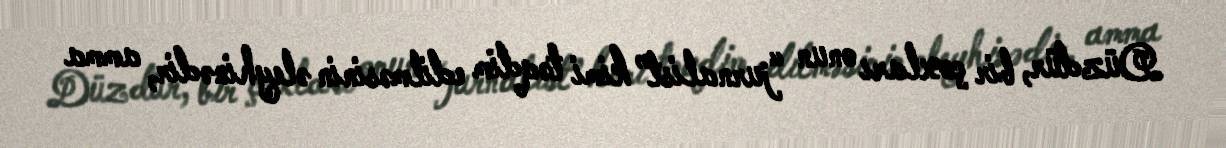
Düzdür, bir çoxları onun “jurnalist” kimi təqdim edilməsinin əleyhinədir, amma